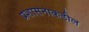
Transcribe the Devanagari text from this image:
प्रशासनाकडील